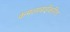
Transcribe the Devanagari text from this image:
कमलाबाईंकरिता